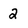
Character: 2